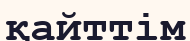
қайттім